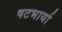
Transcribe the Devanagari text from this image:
षटभार्या